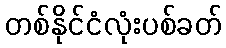
တစ်နိုင်ငံလုံးပစ်ခတ်